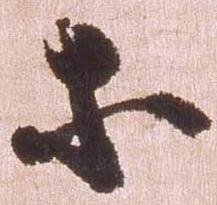
等